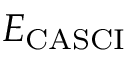
E _ { \mathrm { { C A S C I } } }